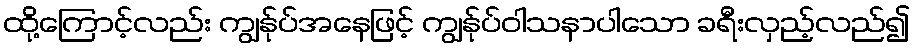
ထို့ကြောင့်လည်း ကျွန်ုပ်အနေဖြင့် ကျွန်ုပ်ဝါသနာပါသော ခရီးလှည့်လည်၍